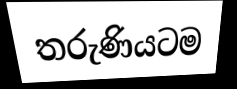
තරුණියටම